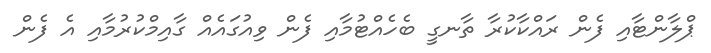
ޕްލާންޓާއި ފެން ރައްކާކުރާ ތާނގީ ބެހެއްޓުމާއި ފެން ވިއުގައެއް ގާއިމްކުރުމާއި އެ ފެން